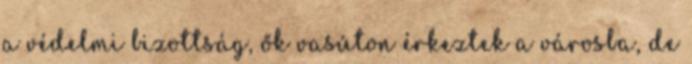
a védelmi bizottság, ők vasúton érkeztek a városba, de